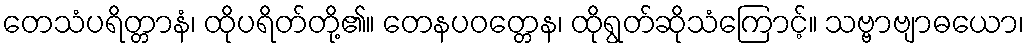
တေသံပရိတ္တာနံ၊ ထိုပရိတ်တို့၏။ တေနပဝတ္တေန၊ ထိုရွတ်ဆိုသံကြောင့်။ သဗ္ဗာဗျာဓယော၊